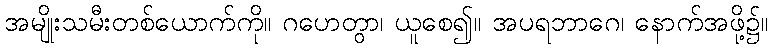
အမျိုးသမီးတစ်ယောက်ကို။ ဂဟေတွာ၊ ယူစေ၍။ အပရဘာဂေ၊ နောက်အဖို့၌။